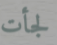
لجأت